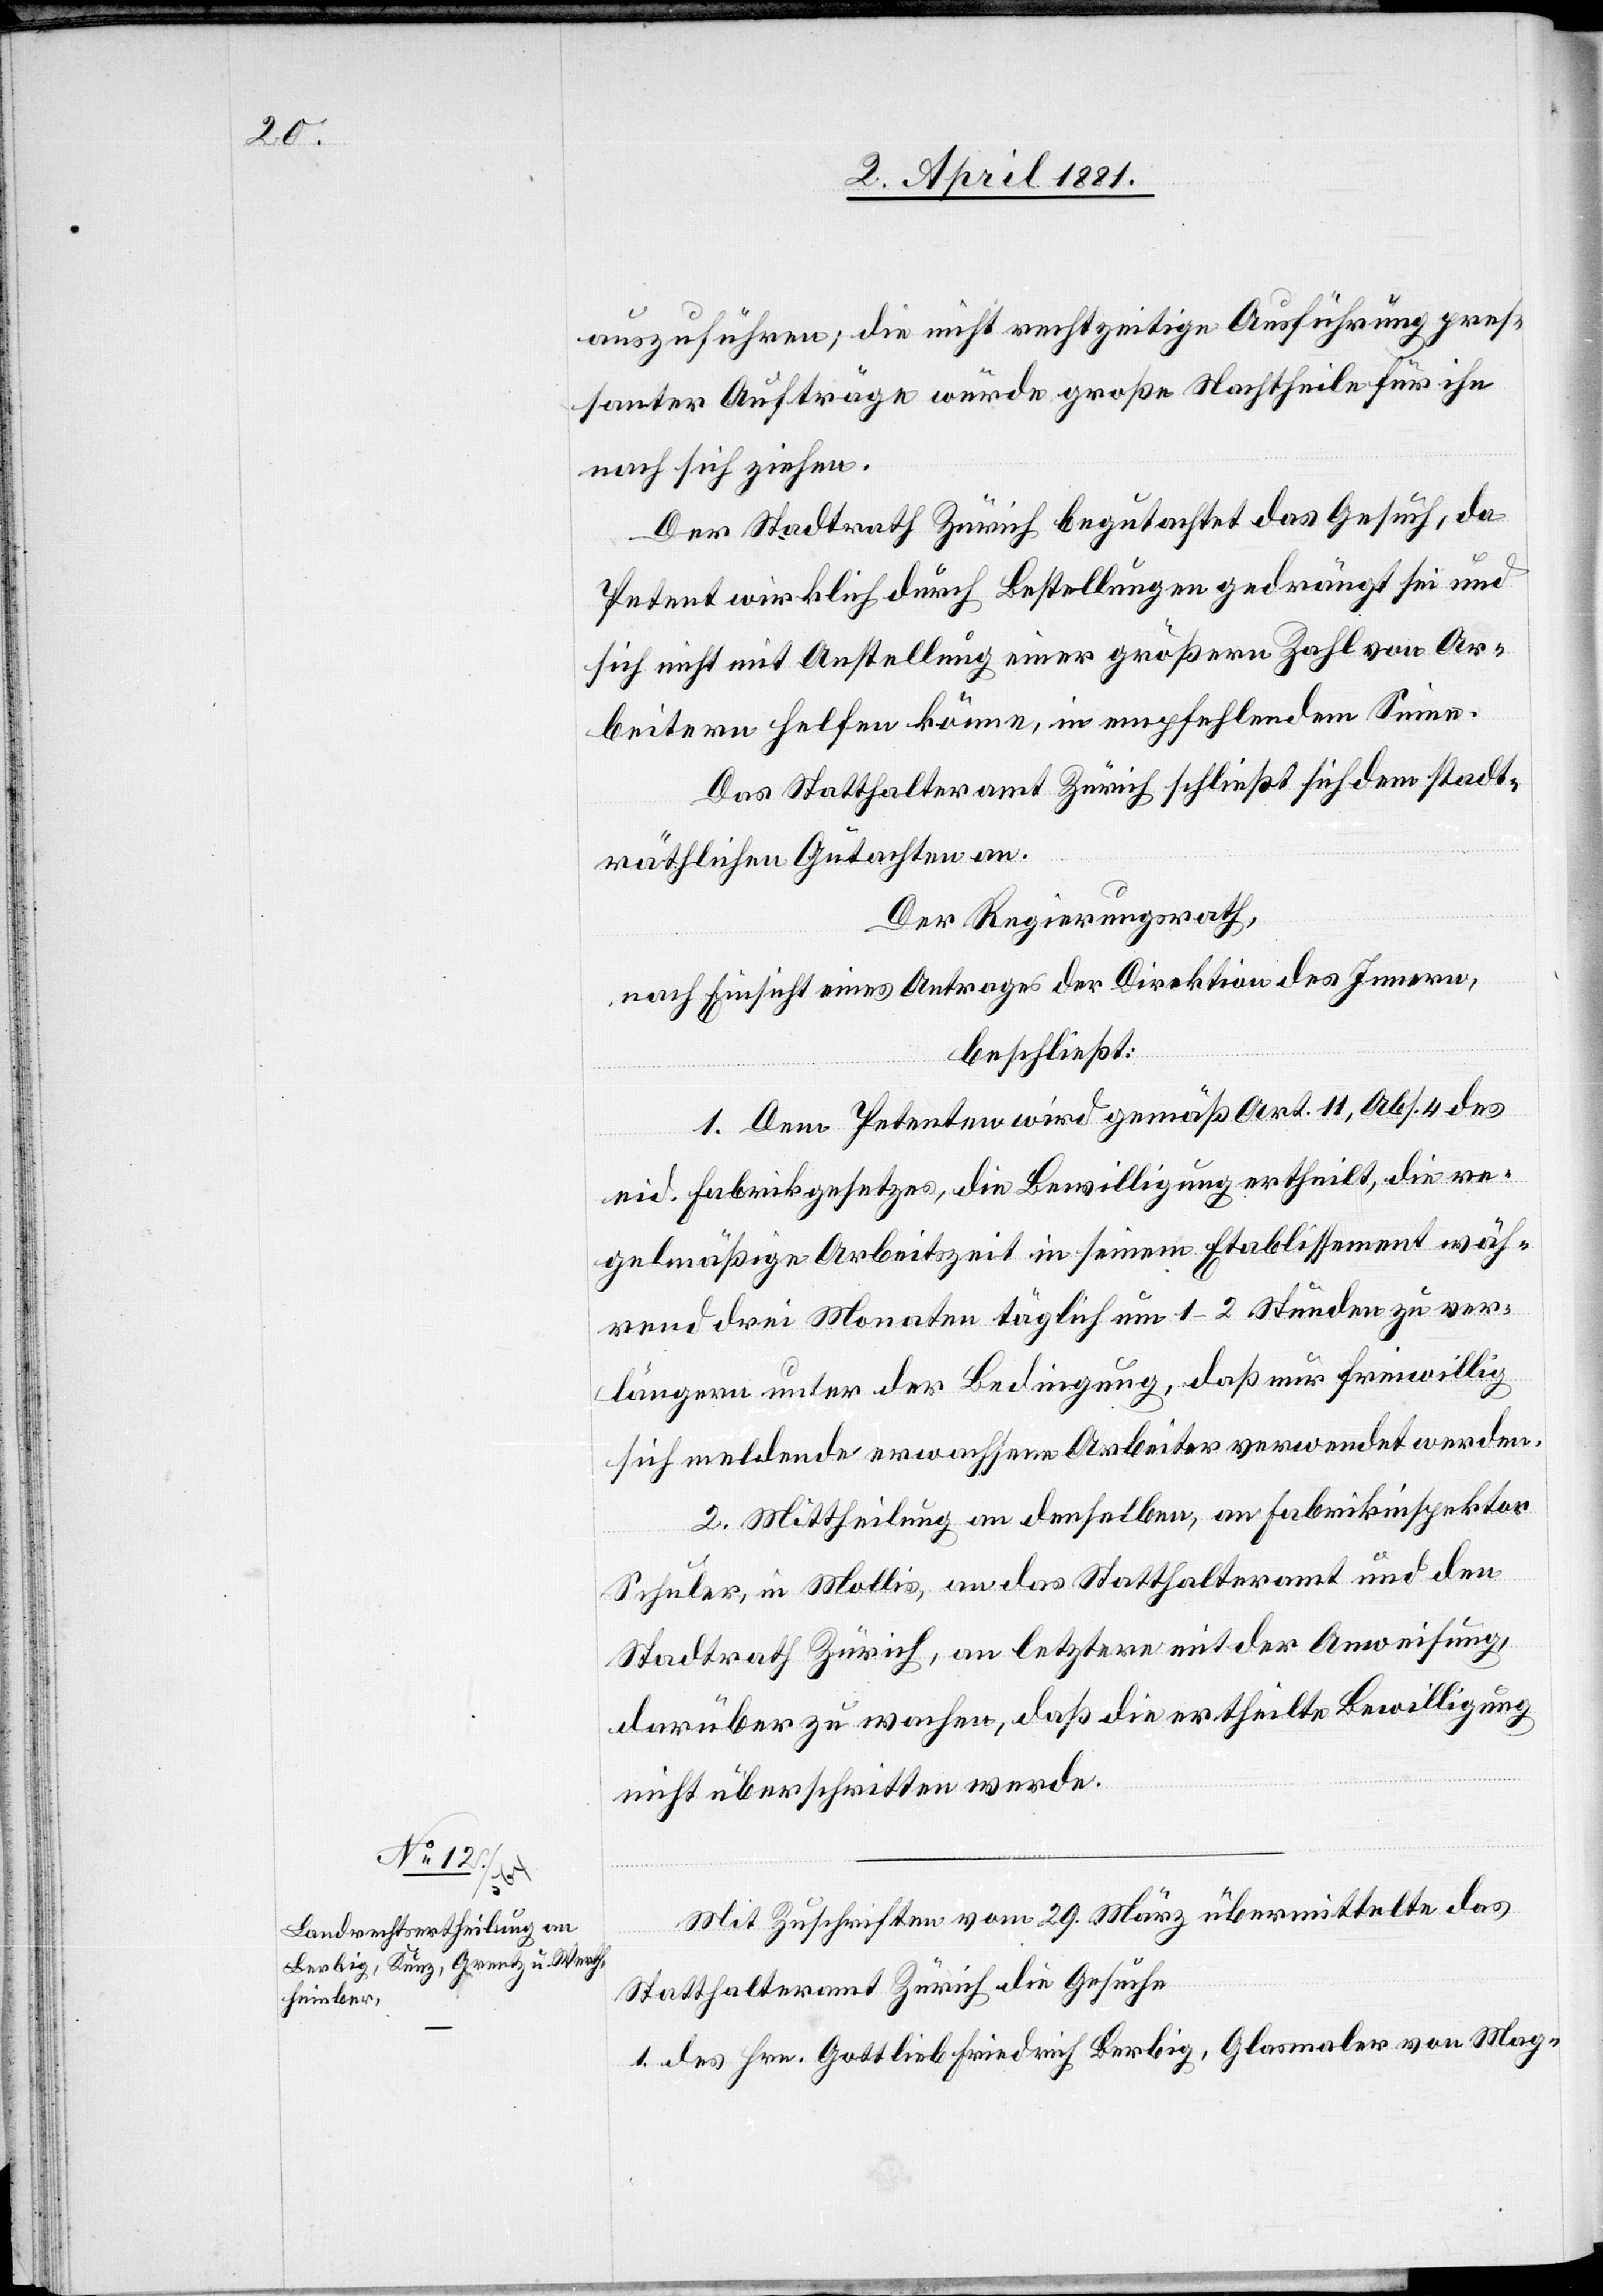
auszuführen; die nicht rechtzeitige Ausführung pres¬
santer Aufträge würde große Nachtheile für ihn
nach sich ziehen.
Der Stadtrath Zürich begutachtet das Gesuch, da
Petent wirklich durch Bestellungen gedrängt sei und
sich nicht mit Anstellung einer größern Zahl von Ar¬
beitern helfen könne, in empfehlendem Sinne.
Das Statthalteramt Zürich schließt sich stadt¬
räthlichen Gutachten an.
Der Regierungsrath,
nach Einsicht eines Antrages der Direktion des Innern,
beschließt:
1. Dem Petenten wird gemäß Art. 11, Abs. 4 des
eid. Fabrikgesetzes, die Bewilligung ertheilt, die re¬
gelmäßige Arbeitszeit in seinem Etablissement wäh¬
rend drei Monaten täglich um 1–2 Stunden zu ver¬
längern unter der Bedingung, daß nur freiwillig
sich meldende erwachsene Arbeiter verwendet werden.
2. Mittheilung an denselben, an Fabrikinspektor
Schuler, in Mollis, an das Statthalteramt und den
Stadtrath Zürich, an letztere mit der Anweisung,
darüber zu wachen, daß die ertheilte Bewilligung
nicht überschritten werde.
Mit Zuschriften vom 29. März übermittelte das
Statthalteramt Zürich die Gesuche